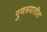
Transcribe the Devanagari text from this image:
गुणत्रयातीत